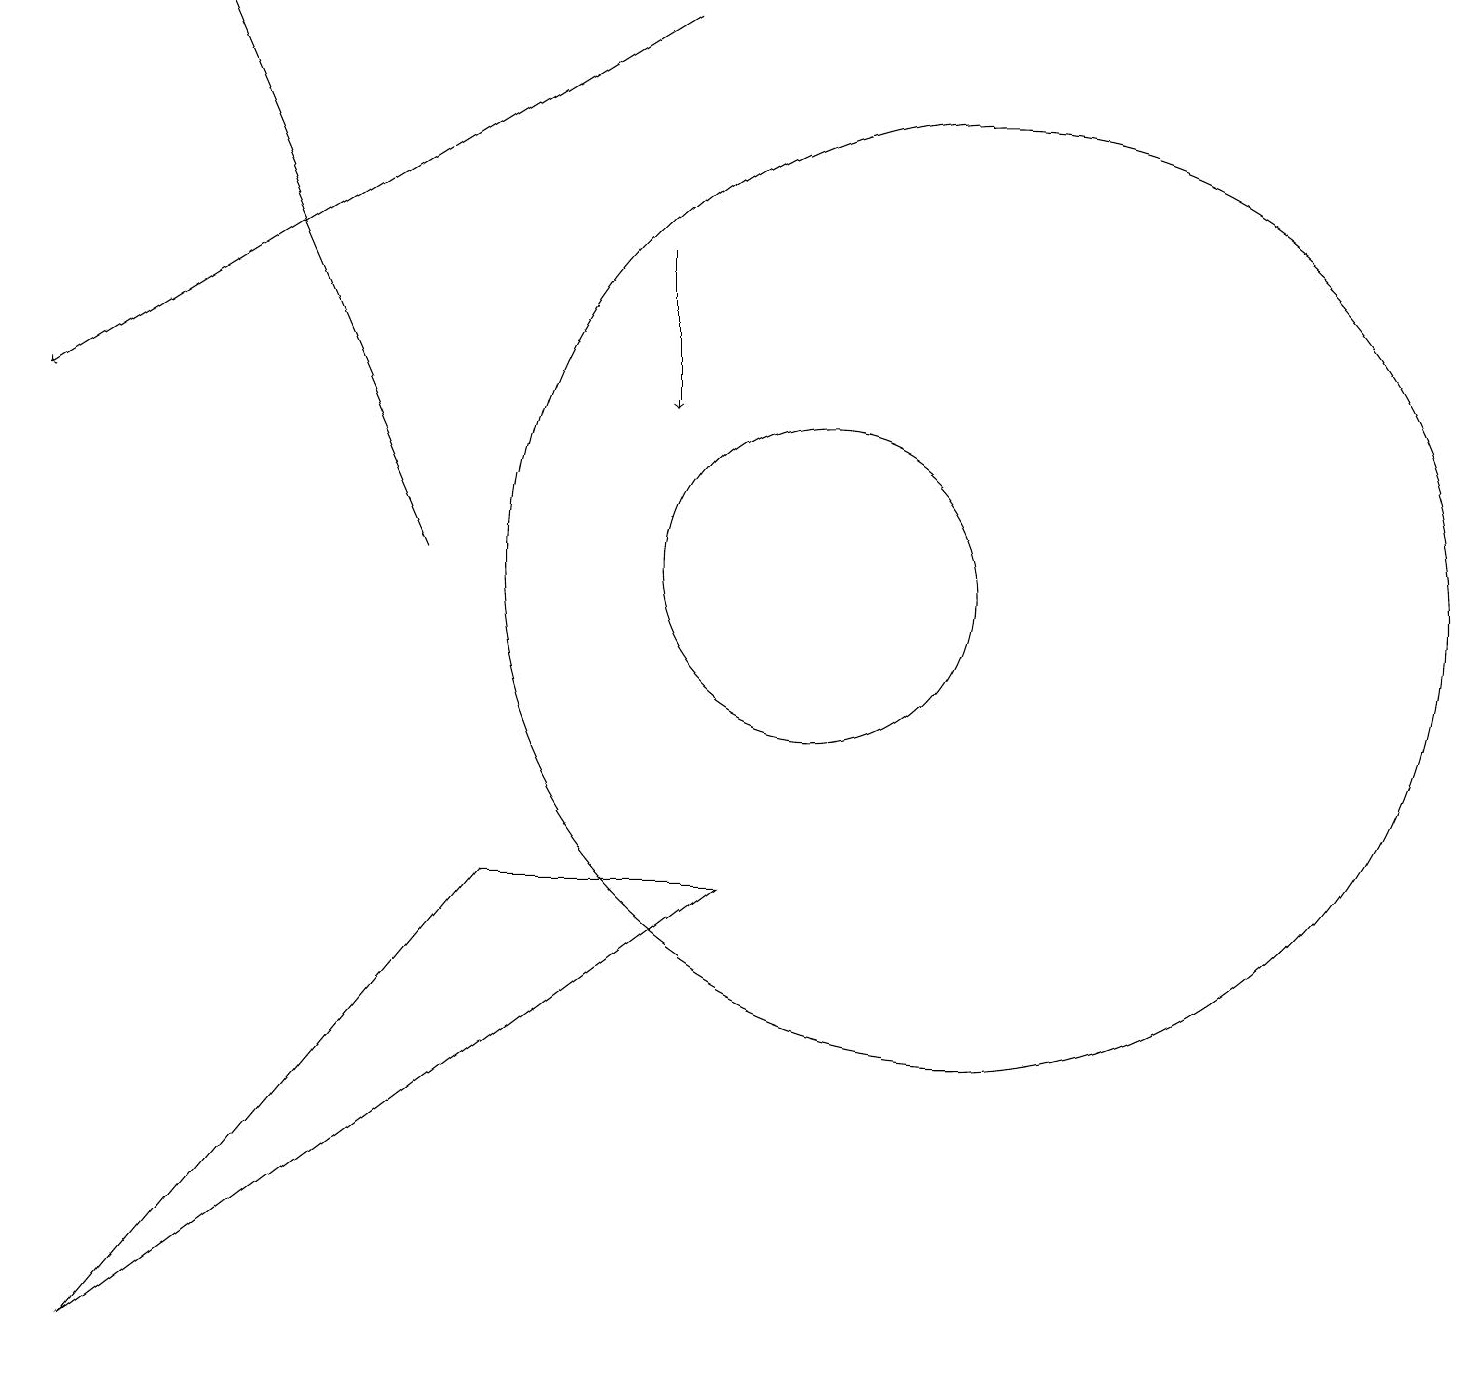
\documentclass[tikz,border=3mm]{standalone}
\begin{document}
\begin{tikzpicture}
\draw (12,12) circle (6);
\draw (10,12) circle (2);
\draw[->] (5,12) -- (2,19);
\draw[->] (8,16) -- (8,14);
\draw (9,8) -- (6,8) -- (1,2) -- cycle;
\draw[->] (8,19) -- (0,14);
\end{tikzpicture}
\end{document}